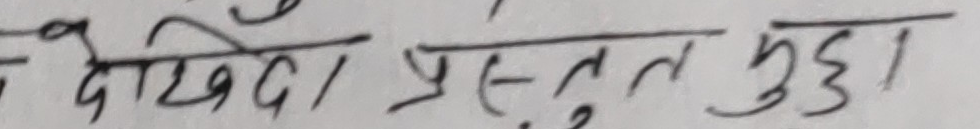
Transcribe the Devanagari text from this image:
देंखिंदा प्रस्तुत मुद्दा।